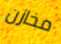
مخازن